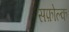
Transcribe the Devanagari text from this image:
सफ़ोल्क